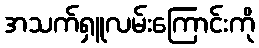
အသက်ရှူလမ်းကြောင်းကို